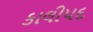
કાલીપદ